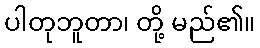
ပါတုဘူတာ၊ တို့ မည်၏။